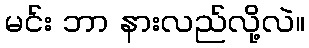
မင်း ဘာ နားလည်လို့လဲ။